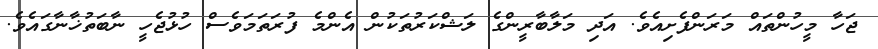
ޖަހާ މީހުންތައް މަރަންފެށިއެވެ. އަދި މަލާބާރީންގެ ލަޝްކަރުތަކުން އެންމެ ފުރަތަމަވެސް ހުޅުޖެހީ ނާބަތުޚާނާގައެވެ.